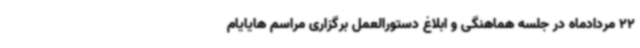
22 مردادماه در جلسه هماهنگی و ابلاغ دستورالعمل برگزاری مراسم هایایام